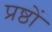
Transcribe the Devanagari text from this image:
प्रष्ठों